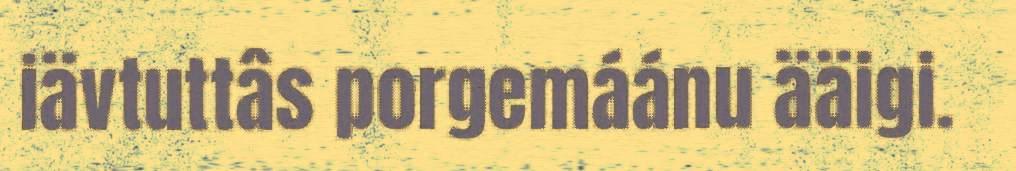
iävtuttâs porgemáánu ääigi.